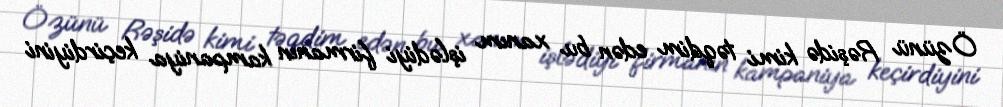
Özünü Rəşidə kimi təqdim edən bu xanım işlədiyi firmanın kampaniya keçirdiyini